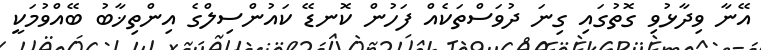
އޭނާ ވިދާޅުވި ގޮތުގައި ގިނަ ދުވަސްތަކެއް ފަހުން ކޮނޑޭ ކައުންސިލްގެ އިންތިޚާބު ބޭއްވުމަކީ